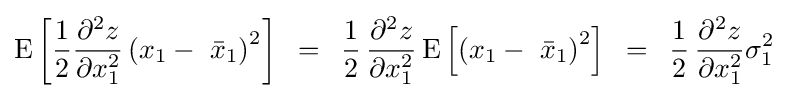
{\rm {E}}\left[{{1 \over 2}{{\partial ^{2}z} \over {\partial x_{1}^{2}}}\left({x_{1}-\,\,{\bar {x}}_{1}}\right)^{2}}\right]\,\,\,=\,\,\,{1 \over 2}\,{{\partial ^{2}z} \over {\partial x_{1}^{2}}}\,{\rm {E}}\left[{\left({x_{1}-\,\,{\bar {x}}_{1}}\right)^{2}}\right]\,\,\,=\,\,\,{1 \over 2}\,{{\partial ^{2}z} \over {\partial x_{1}^{2}}}\sigma _{1}^{2}